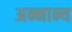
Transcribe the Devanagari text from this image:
अन्नान्य